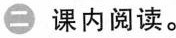
㊁ 课内阅读。